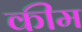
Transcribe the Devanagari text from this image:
कीम